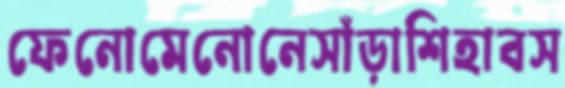
ফেনোমেনোনেসাঁড়াশিহাবস